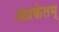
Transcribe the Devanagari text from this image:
अप्रकेतम्